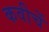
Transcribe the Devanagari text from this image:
कवीचें